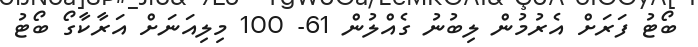
ބޯޓު ފަރަށް އެރުމުން ލިބުނު ގެއްލުން 61- 100 މިލިއަނަށް އަރާކާގޯ ބޯޓު